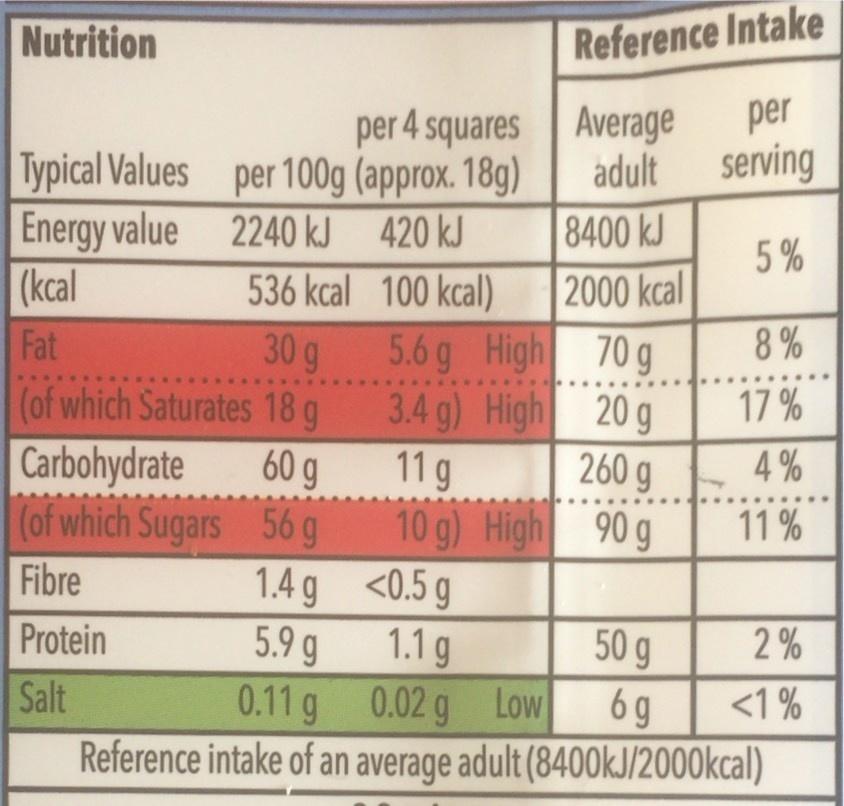
Nutrition
Reference Intake
per 4 squares Average adult
per serving
Typical Values per 100g (approx. 18g) Energy value (kcal
2240 kJ 420 kJ
8400 kJ
5%
536 kcal 100 kcal)
2000 kcal
Fat
8%
5.6 g High 70 g 3.4 g) High 20 g 60 g
30g
(of which Saturates 18 g
17 %
260 g
Carbohydrate (of which Sugars 56 g
11 g 10 g) High 90 g 1.4 g
4%
11 %
Fibre
<0.5 g 1.1 g 0.11g 0.02 g Low Reference intake of an average adult (8400kJ/2000kcal)
Protein
50 g 6 g
5.9 g
2 %
Salt
<1 %